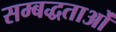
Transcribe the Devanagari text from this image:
सम्बद्धताओं